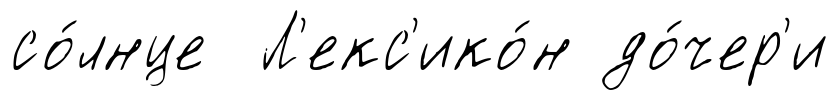
со́лнце Л'екс'ико́н до́чер'и